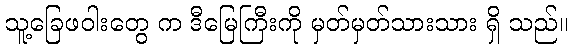
သူ့ခြေဖဝါးတွေ က ဒီမြေကြီးကို မှတ်မှတ်သားသား ရှိ သည်။